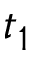
t _ { 1 }